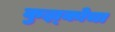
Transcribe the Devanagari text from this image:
कुझ्कोचा